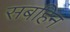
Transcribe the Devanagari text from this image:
सबहिन